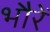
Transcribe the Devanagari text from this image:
भौरें